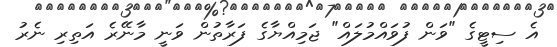
އެ ސިޓީގެ "ވަން ފުވައްމުލައް" ޖަމިއްޔާގެ ފަރާތުން ވަނީ މާނޭރެ އަތިރި ނެރު